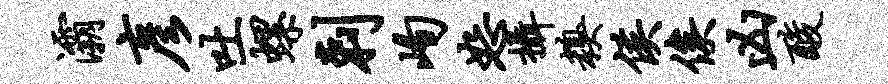
灞彦吐螺剌峋恕摄糗侯俟凶酸